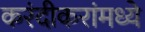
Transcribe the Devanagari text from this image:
करंदीकरांमध्ये